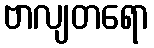
ဗာလျတရော